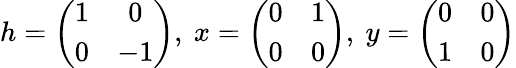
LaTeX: h=\left(\begin{array}{cc}{{1}}&{{0}}\\ {{0}}&{{-1}}\end{array}\right),\ x=\left(\begin{array}{cc}{{0}}&{{1}}\\ {{0}}&{{0}}\end{array}\right),\ y=\left(\begin{array}{cc}{{0}}&{{0}}\\ {{1}}&{{0}}\end{array}\right)